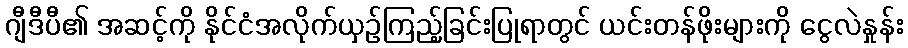
ဂျီဒီပီ၏ အဆင့်ကို နိုင်ငံအလိုက်ယှဉ်ကြည့်ခြင်းပြုရာတွင် ယင်းတန်ဖိုးများကို ငွေလဲနှုန်း